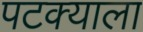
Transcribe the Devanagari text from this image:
पटक्याला